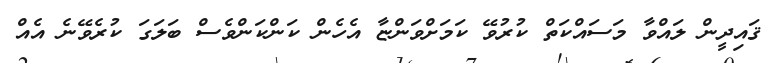
ޤައިދީން ލައްވާ މަސައްކަތް ކުރުވޭ ކަމަށްވަންޏާ އެހެން ކަންކަންވެސް ބަލަގަ ކުރެވޭނެ އެއް